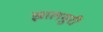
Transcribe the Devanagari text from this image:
झालमुरी